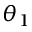
\theta _ { 1 }